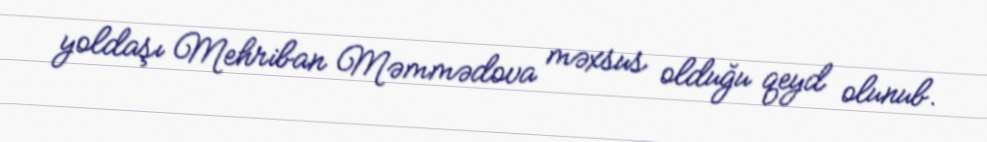
yoldaşı Mehriban Məmmədova məxsus olduğu qeyd olunub.